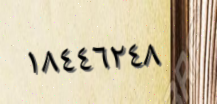
١٨٤٤٦٢٤٨